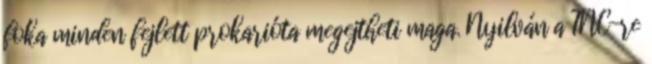
foka minden fejlett prokarióta megejtheti maga. Nyilván a TNC-re